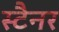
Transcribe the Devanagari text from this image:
स्टैनर